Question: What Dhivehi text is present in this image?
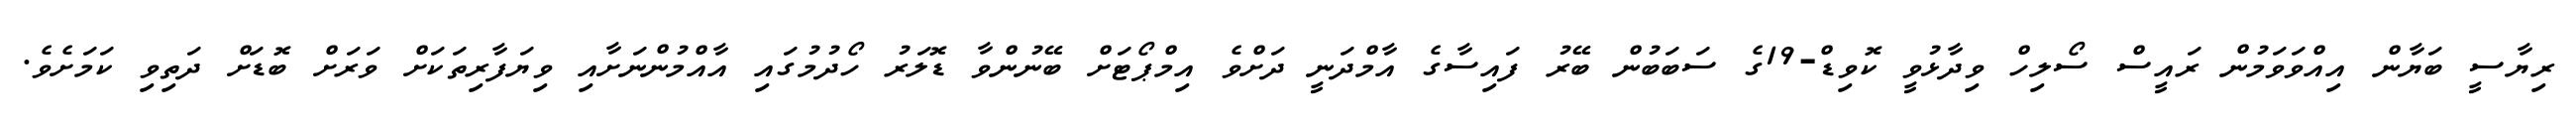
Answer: ރިޔާސީ ބަޔާން އިއްވަވަމުން ރައީސް ސޯލިހް ވިދާޅުވީ ކޮވިޑް-19ގެ ސަބަބުން ބޭރު ފައިސާގެ އާމްދަނީ ދަށްވެ އިމްޕޯޓަށް ބޭނުންވާ ޑޮލަރު ހޯދުމުގައި އާއްމުންނަށާއި ވިޔަފާރިތަކަށް ވަރަށް ބޮޑަށް ދަތިވި ކަމަށެވެ.